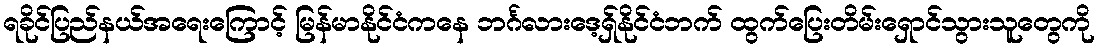
ရခိုင်ပြည်နယ်အရေးကြောင့် မြန်မာနိုင်ငံကနေ ဘင်္ဂလားဒေ့ရှ်နိုင်ငံဘက် ထွက်ပြေးတိမ်းရှောင်သွားသူတွေကို